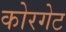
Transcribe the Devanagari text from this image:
कोरगेट